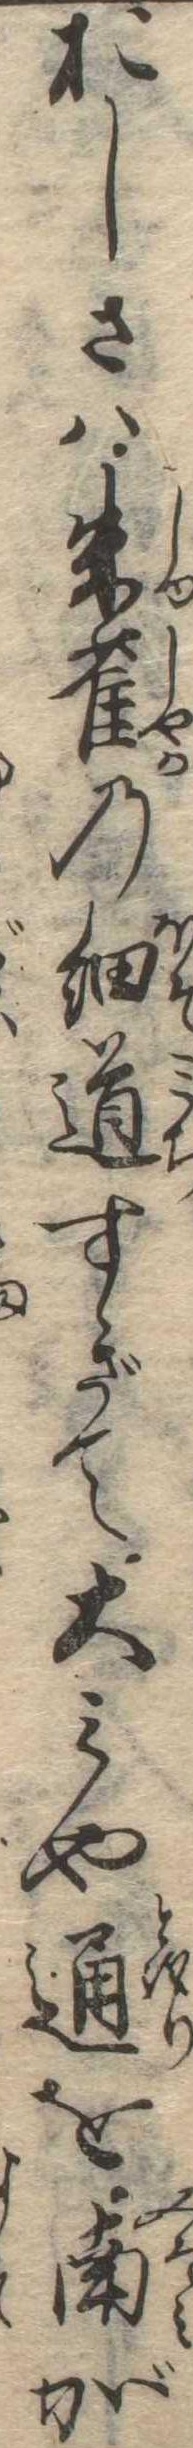
おしさは朱雀の細道すぎて大みや通を南が